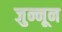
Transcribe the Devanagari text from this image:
जुन्नून